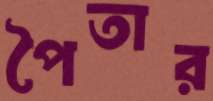
পৈতার